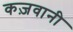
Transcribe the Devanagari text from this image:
कज़वानी